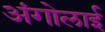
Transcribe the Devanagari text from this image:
अंगोलाई